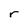
Character: r